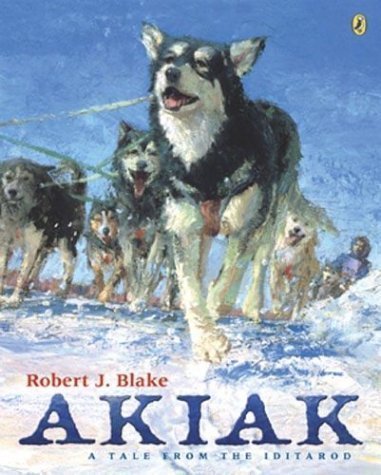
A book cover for Akiak: A Tale From the Iditarod by Blake, Robert J. [Paperback(2004/10/21)]; Sports & Outdoors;